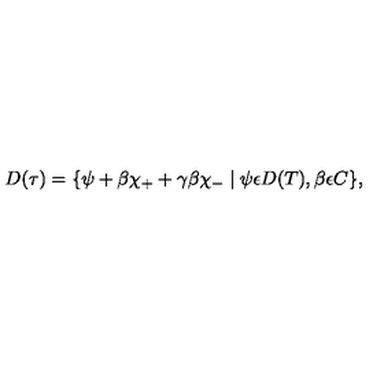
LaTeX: D ( \tau ) = \{ \psi + \beta \chi _ { + } + \gamma \beta \chi _ { - } \mid \psi \epsilon D ( T ) , \beta \epsilon C \} ,